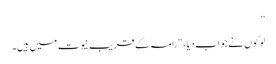
”
لوگوں نے جواب دیا ، “رامہ کے قریب نیوت میں ہیں۔